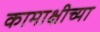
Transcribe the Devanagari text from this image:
कामाक्षीच्या